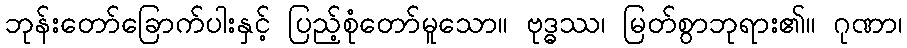
ဘုန်းတော်ခြောက်ပါးနှင့် ပြည့်စုံတော်မူသော။ ဗုဒ္ဓဿ၊ မြတ်စွာဘုရား၏။ ဂုဏာ၊